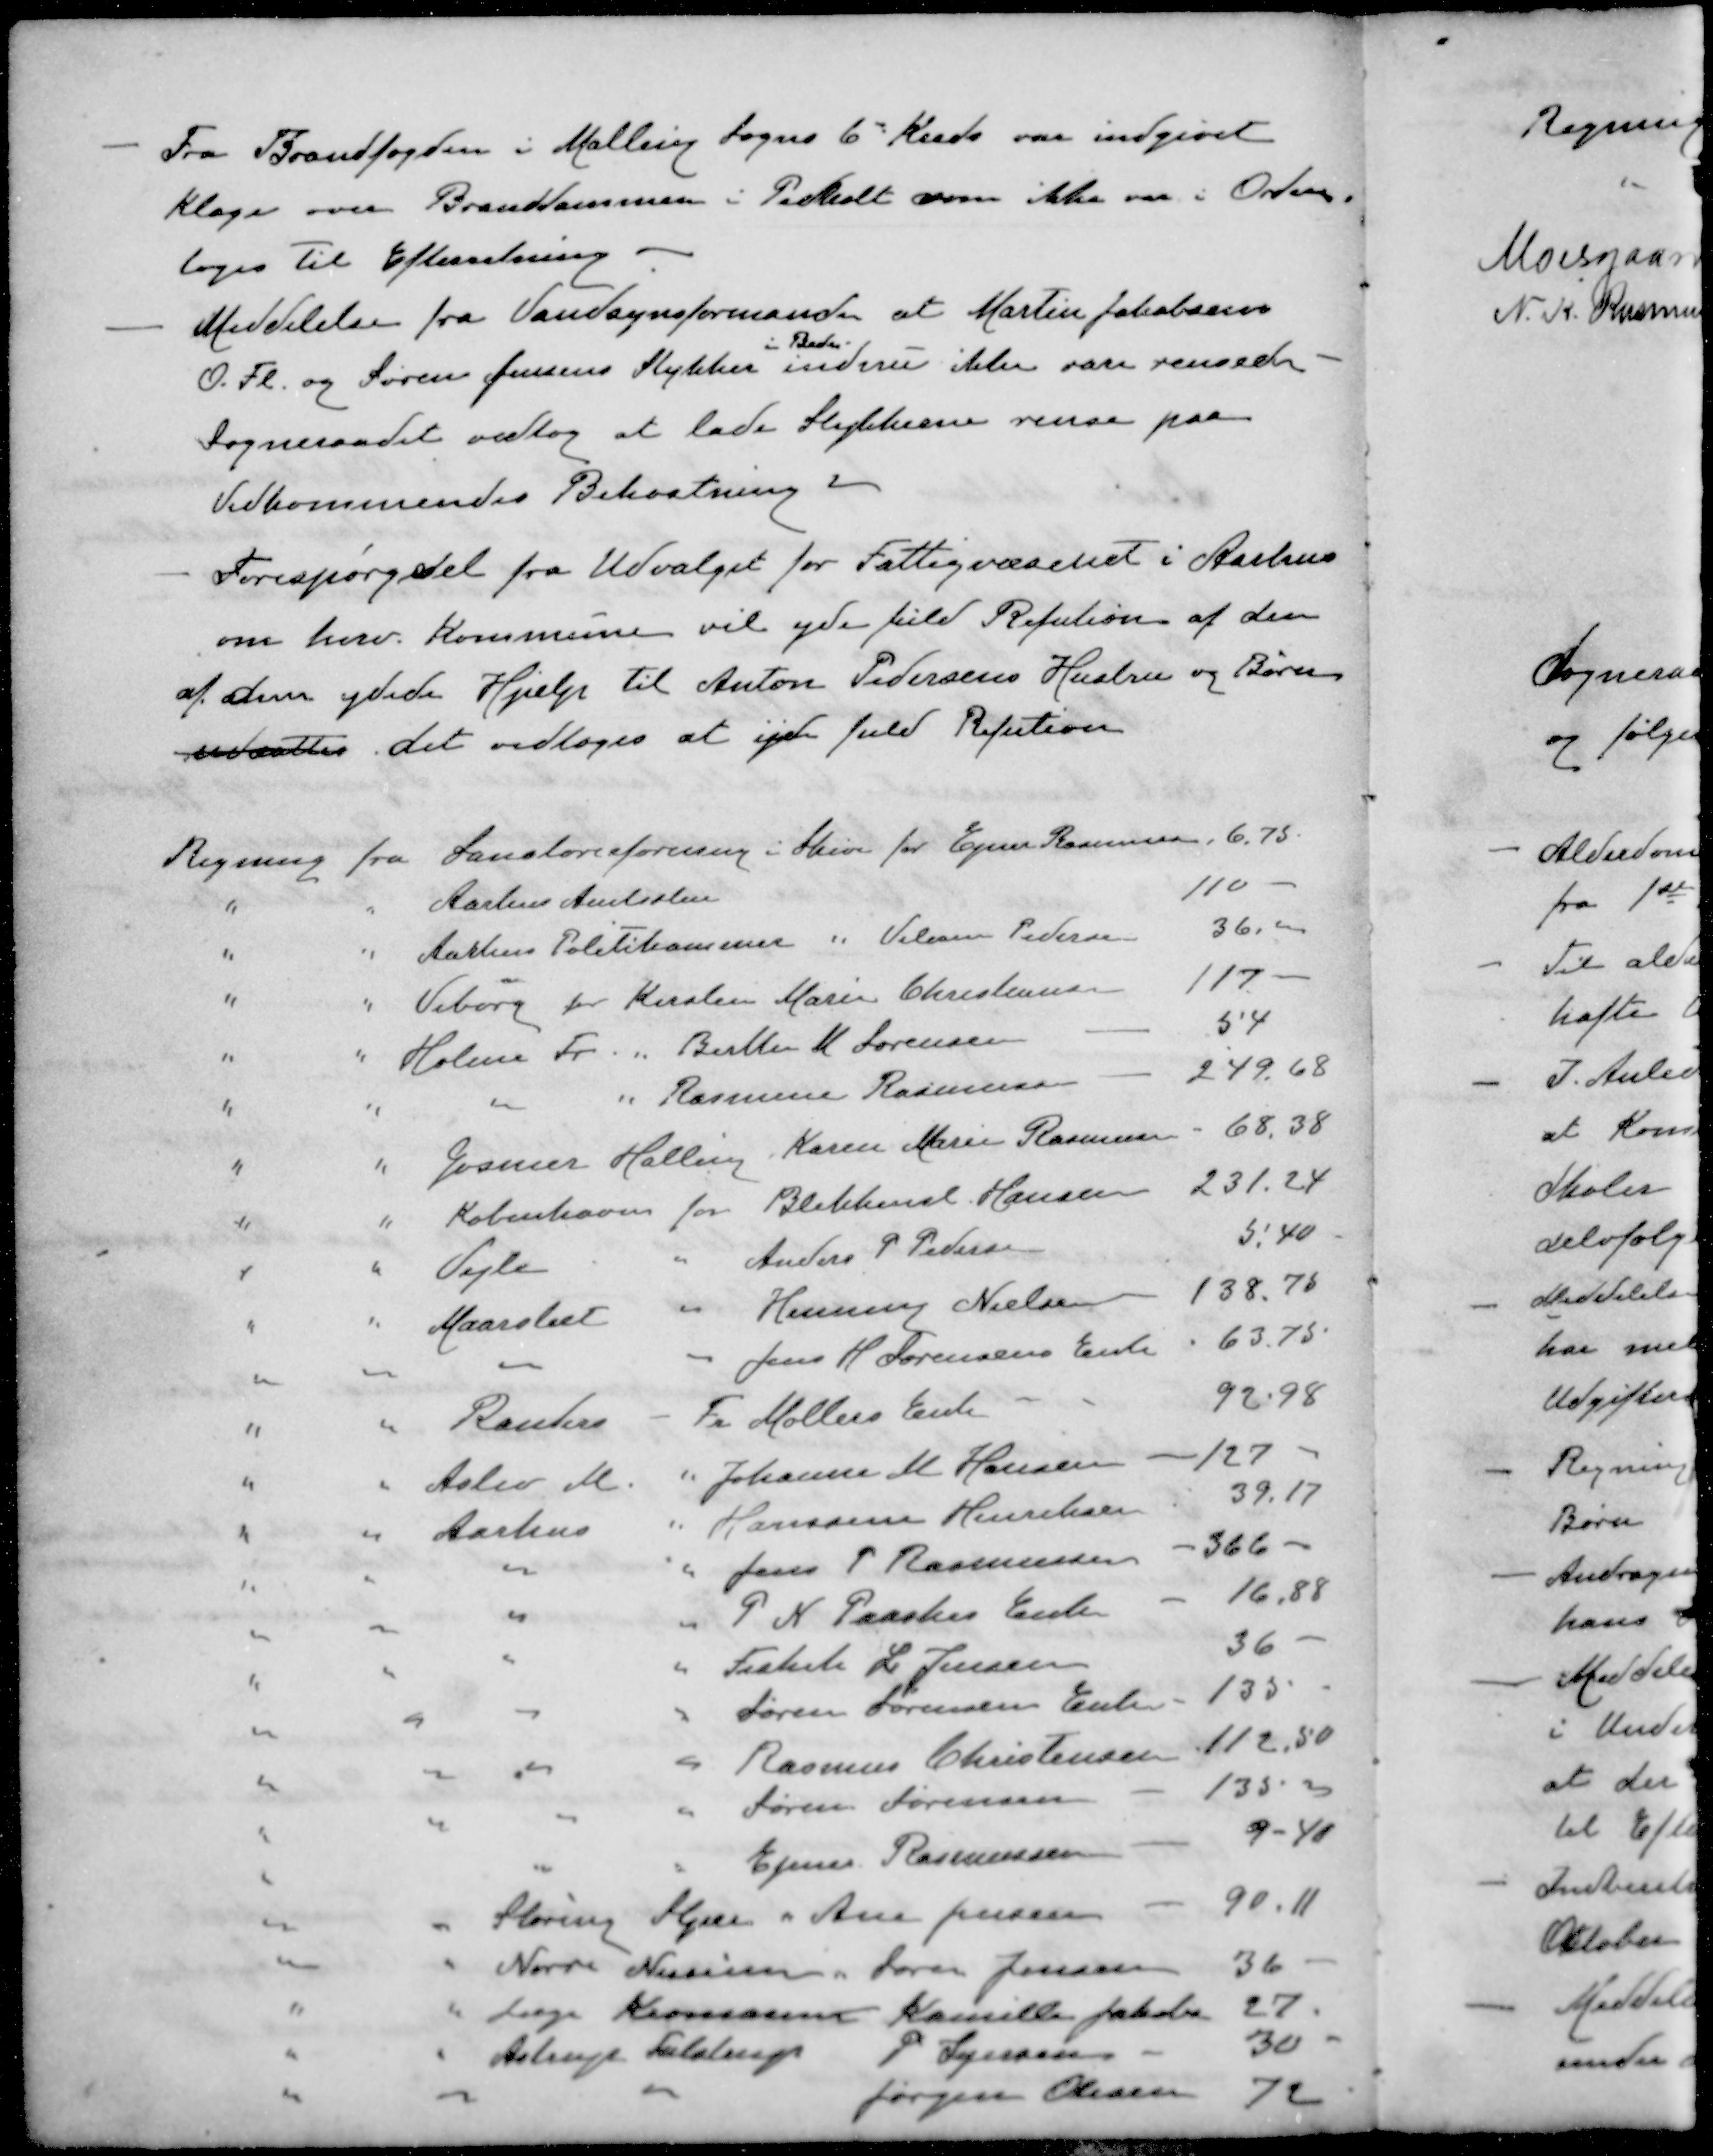
Transskription:
- Fra Brandfogden i Malling Sogns 6 Kreds var indgivet
klage over Branddammen i Pedholt som ikke var i Orden.
toges til Efterretning
- Meddelelse fra Vandsynsformanden at Martin Jakobsen
i Beder
O. Fl. og Søren Jensens Stykker endnu ikke vare rensede
Sogneraadet vedtog at lade Stykkerne rense paa
Vedkommendes Bekostning
- Forespørgsel fra Udvalget for Fattigvæsenet i Aarhus
om herv. Kommune vil yde fuld Refution af den 
af den ydede Hjælp til Anton Pedersens Hustru og Børn
udsættes det vedtoges at yde fuld Refution
Regning fra Sanatorieforening i Skrive for Ejner Rasmussen, 6,75.
" " Aarhus Amtsstue 110 -
" " Aarhus Politikammer " Viliam Pedersen 36,00
" " Viborg for Kirsten Marie Christensen 117
" " Holme Tr. " Berther M. Sørensen 54
" " " " Rasmus Rasmussen 249,68
" " Gosmer Halling, Karen Marie Rasmussen 68,38
" " København for Blikkensl. Hansen 231.24
" " Vejle " Anders P Pedersen 5,40
" " Maarslet " Henning Nielsen 138.76
" " " " Jens H Sørensens Enke 63,75
" " Randers "  Fr Møllers Enke 92,98
" " Aslev M " Johanne M Hansen - 127
" " Aarhus " Hanssine Henriksen 39,17
" " " " Jens P Rasmussen 366 -
" " " " P N. Paaskes Enke 16,88
" " " " Fiskesk L. Jensen 36
" " " " Søren Sørensen Enke 135
" " " "  Rasmus Christensen 112,50
" " " " Søren Sørensen - 135 -
" " " " Ejner Rasmussen - 9-40
" " Storing Stjær " Ane Jensen - 90,11
" " Nørre Nissum " Søren Jensen 36
" " Læge Kromann Kamille Jakobs 27
" " Astrup Tulstrup P Jensen 30
" " " Jørgen Olesen 72